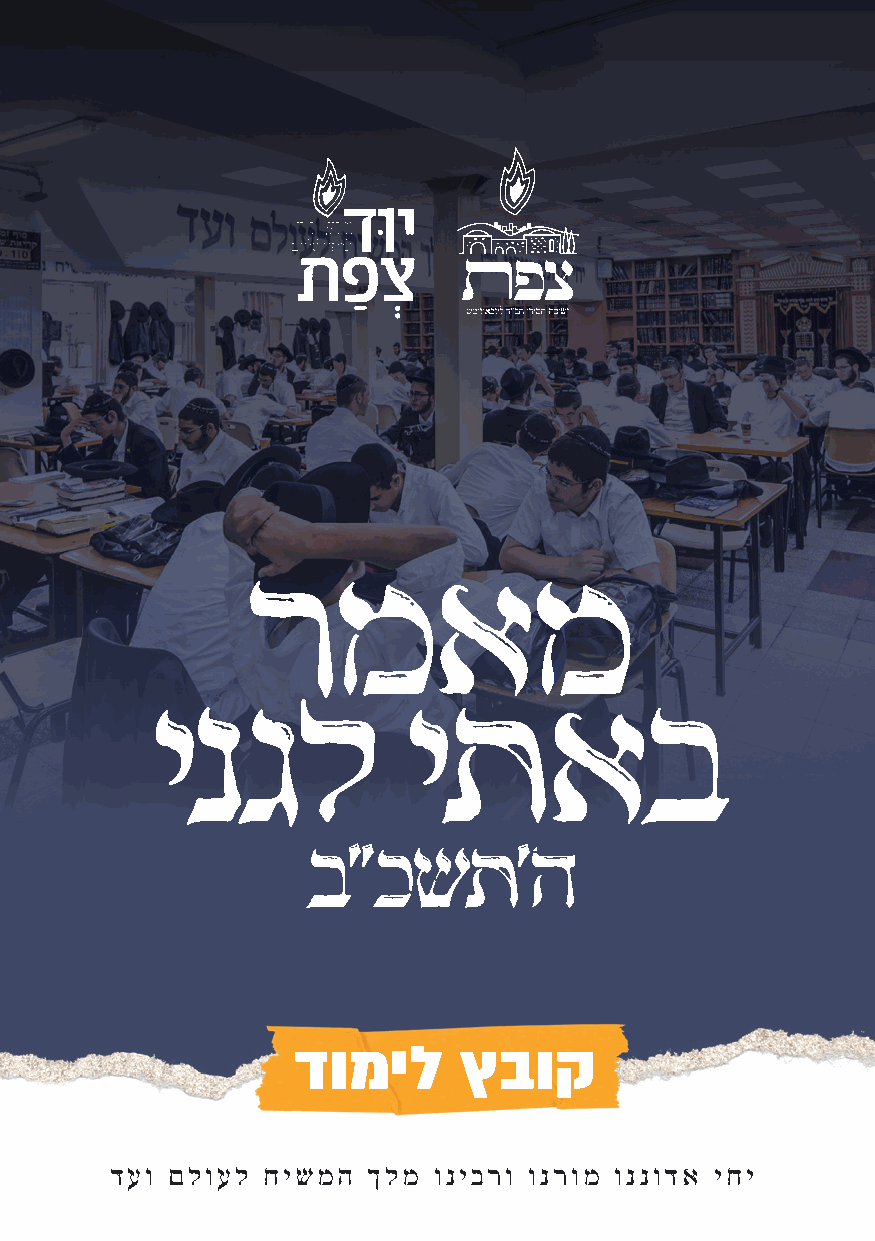
רמאמ
 ינגל             יתאב
 ב"כשת'ה
 דומיל      ץבוק
 דעו םלועל חישמה  ךלמ  וניברו ונרומ וננודא יחי